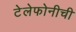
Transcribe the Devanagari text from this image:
टेलेफोनीची